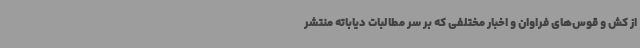
از کش و قوس‌های فراوان و اخبار مختلفی که بر سر مطالبات دیاباته منتشر